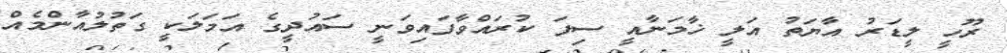
ރޫހީ ލީޑަރު އާޔަތު އަލީ ޚާމަނާއީ ސިފަ ކުރައްވާފައިވަނީ ސައުދީގެ އަމަލަކީ ގަތުލުއާންމެއް